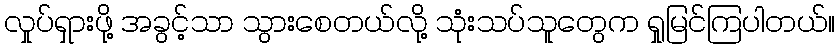
လှုပ်ရှားဖို့ အခွင့်သာ သွားစေတယ်လို့ သုံးသပ်သူတွေက ရှုမြင်ကြပါတယ်။